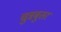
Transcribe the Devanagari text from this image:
चुन्नबुतर